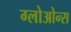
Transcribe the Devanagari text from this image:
ग्लोओन्स